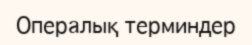
Опералық терминдер